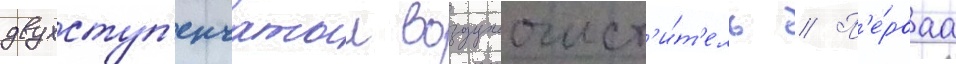
двухступ'енчатыи воздухоочист'и́т'ель // П'е́рваа